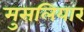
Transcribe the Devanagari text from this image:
मुसलियार